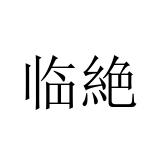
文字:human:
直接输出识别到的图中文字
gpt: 临絶